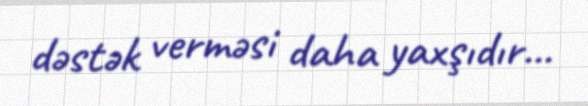
dəstək verməsi daha yaxşıdır...